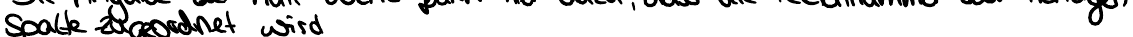
Spalte zugeordnet wird